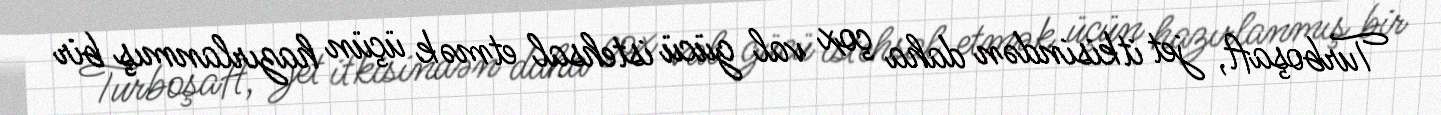
Turboşaft, jet itkisindən daha çox val gücü istehsal etmək üçün hazırlanmış bir